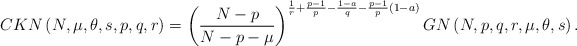
\begin{align*}CKN\left( N,\mu,\theta,s,p,q,r\right) =\left( \frac{N-p}{N-p-\mu}\right)^{\frac{1}{r}+\frac{p-1}{p}-\frac{1-a}{q}-\frac{p-1}{p}\left( 1-a\right)}GN\left( N,p,q,r,\mu,\theta,s\right) .\end{align*}